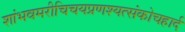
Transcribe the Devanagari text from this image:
शांभवमरीचिचयप्रणश्यत्संकोचहार्द